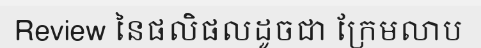
Review នៃផលិផលដូចជា ក្រែមលាប